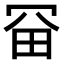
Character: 𠖋